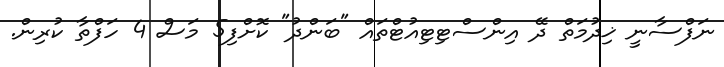
ނަފްސާނީ ޚިދުމަތް ދޭ އިންސްޓިޓިއުޓްތައް "ބަންދު" ކޮށްފި5 މަސް 4 ހަފްތާ ކުރިން.